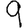
Digit: 9